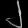
Digit: ၂